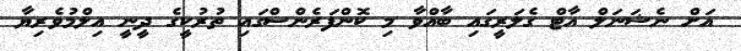
އަށް ނެޝަނަލް އާޓް ގެލަރީގައި ބާއްވާ މި ކޮންފަރެންސްގައި ތުރުކީގެ ދީނީ އިލްމުވެރިޔާ